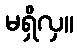
မရှိလှ။